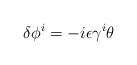
\begin{align*}\delta \phi^i = - i \epsilon \gamma^i \theta \end{align*}